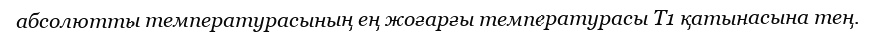
абсолютты температурасының ең жоғарғы температурасы Т1 қатынасына тең.